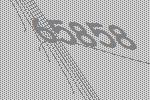
65858